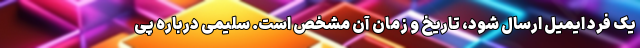
یک فرد ایمیل ارسال شود، تاریخ و زمان آن مشخص است. سلیمی درباره پی